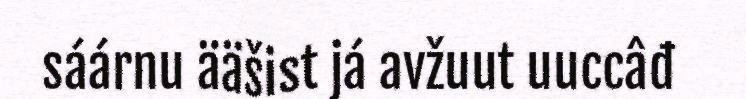
sáárnu ääšist já avžuut uuccâđ